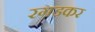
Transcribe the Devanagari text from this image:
रगडकर